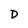
Character: D